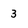
Character: 3